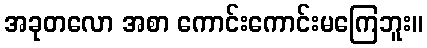
အခုတလော အစာ ကောင်းကောင်းမကြေဘူး။